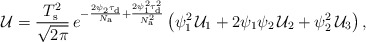
\begin{align*}\mathcal{U}=\frac{T_{\rm s}^2}{\sqrt{2\pi}}\,e^{-\frac{2\psi_2\tau_{\rm d}}{N_{\rm a}}+\frac{2\psi_1^2\tau_{\rm d}^2}{N_{\rm a}^2}}\left( \psi_{1}^2\,{\mathcal{U}_1}+2\psi_1\psi_2\,\mathcal{U}_2+\psi_2^2\,\mathcal{U}_3\right),\end{align*}